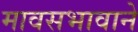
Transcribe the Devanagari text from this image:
मावसभावाने